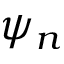
\psi _ { n }